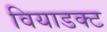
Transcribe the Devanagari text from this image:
वियाडक्ट